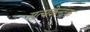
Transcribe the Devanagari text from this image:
सत्यकेन्द्रक